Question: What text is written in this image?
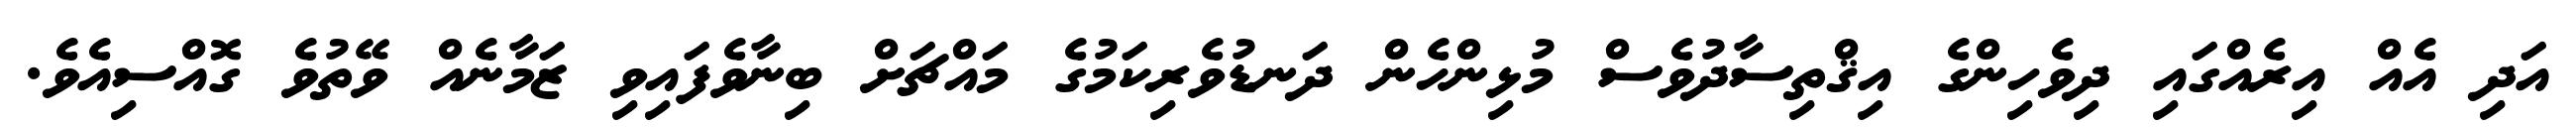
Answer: އަދި އެއް އިރެއްގައި ދިވެހިންގެ އިޤްތިސާދުވެސް މުޅިންހެން ދަނޑުވެރިކަމުގެ މައްޗަށް ބިނާވެފައިވި ޒަމާނެއް ވޭތުވެ ގޮއްސިއެވެ.